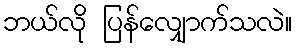
ဘယ်လို ပြန်လျှောက်သလဲ။